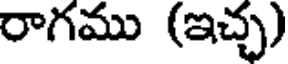
రాగము (ఇచ్చ)